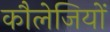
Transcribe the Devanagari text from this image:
कौलेजियों